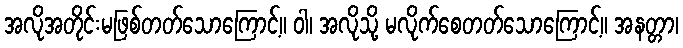
အလိုအတိုင်းမဖြစ်တတ်သောကြောင့်။ ဝါ၊ အလိုသို့ မလိုက်စေတတ်သောကြောင့်။ အနတ္တာ၊